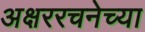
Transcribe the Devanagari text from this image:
अक्षररचनेच्या